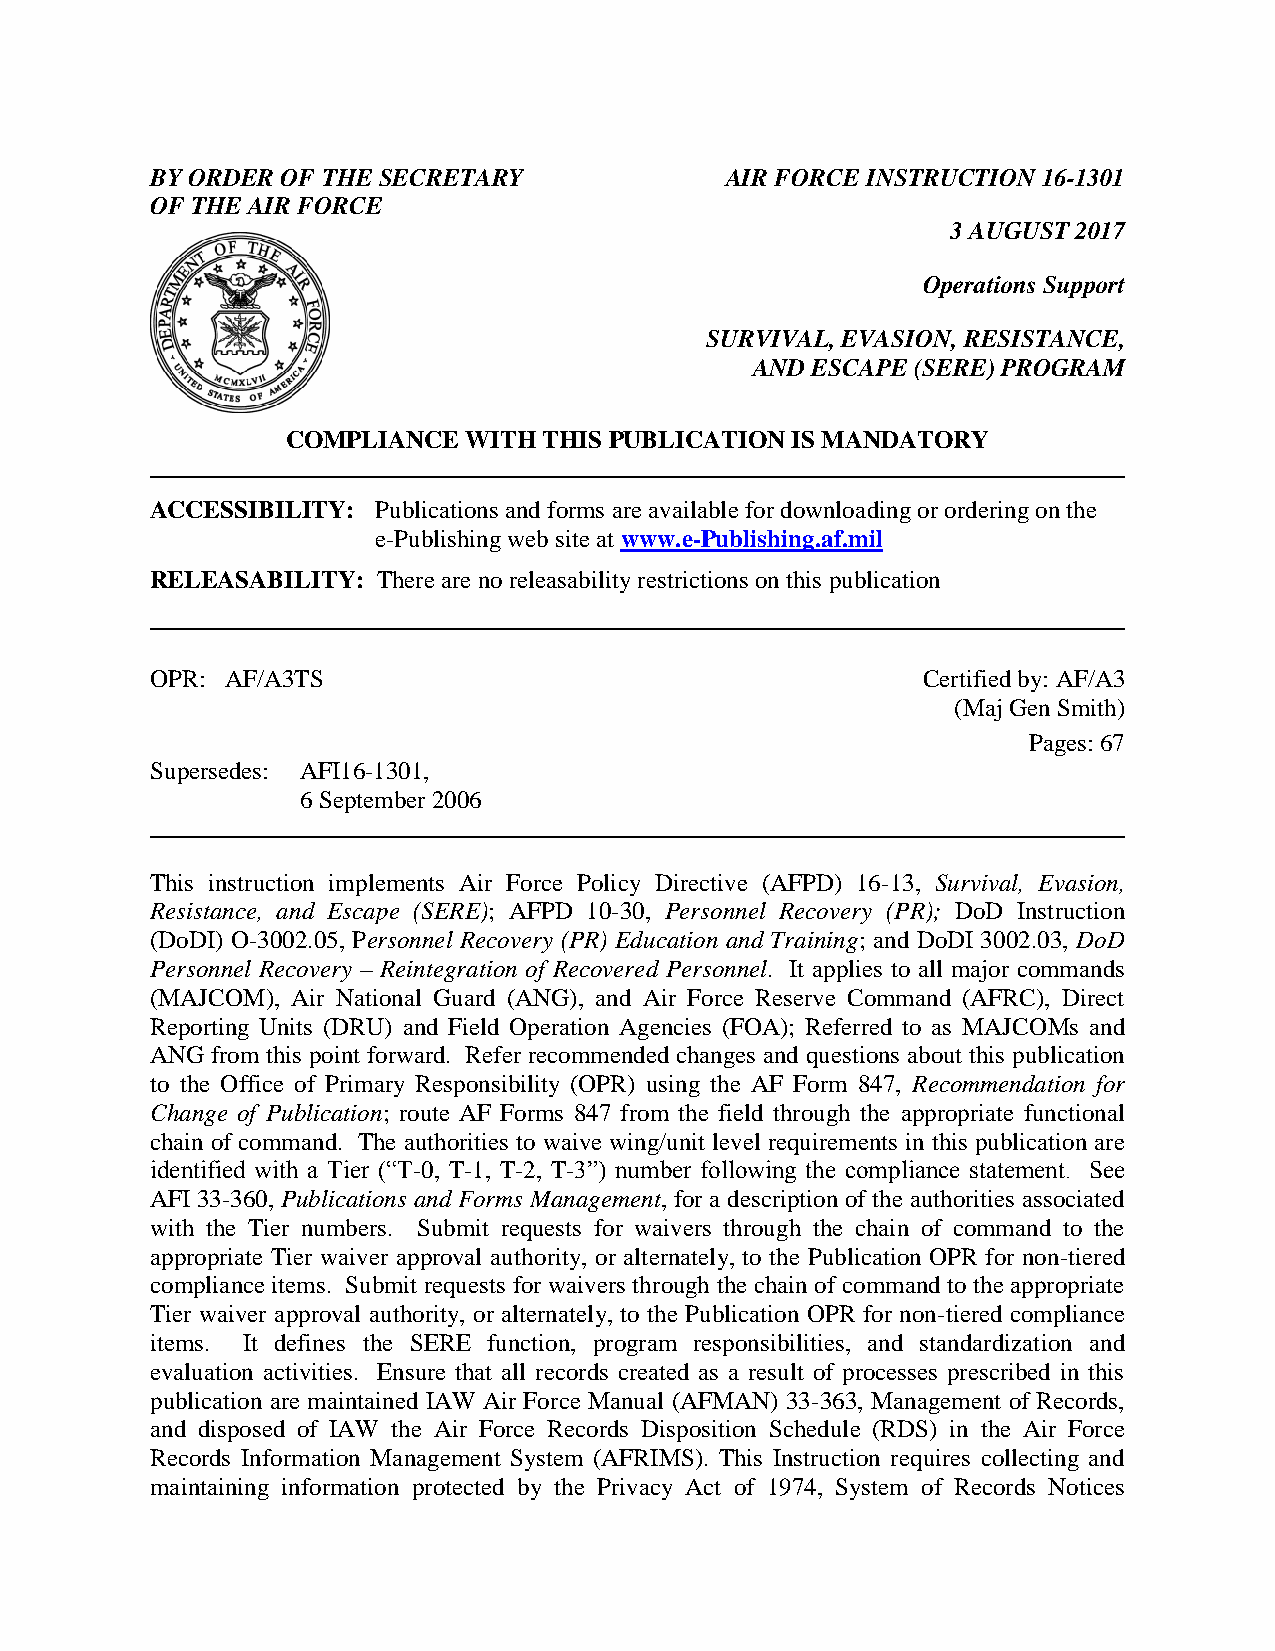
BY ORDER OF THE SECRETARY             AIR FORCE INSTRUCTION 16-1301
 OF THE AIR FORCE
 3 AUGUST 2017
 Operations Support
 SURVIVAL, EVASION, RESISTANCE,
 AND ESCAPE (SERE) PROGRAM
 COMPLIANCE  WITH THIS PUBLICATION IS MANDATORY
 ACCESSIBILITY: Publications and forms are available for downloading or ordering on the
 e-Publishing web site at www.e-Publishing.af.mil
 RELEASABILITY: There are no releasability restrictions on this publication
 OPR: AF/A3TS                                       Certified by: AF/A3
 (Maj Gen Smith)
 Pages: 67
 Supersedes: AFI16-1301,
 6 September 2006
 This instruction implements Air Force Policy Directive (AFPD) 16-13, Survival, Evasion,
 Resistance, and Escape (SERE); AFPD 10-30, Personnel Recovery (PR); DoD Instruction
 (DoDI) O-3002.05, Personnel Recovery (PR) Education and Training; and DoDI 3002.03, DoD
 Personnel Recovery – Reintegration of Recovered Personnel. It applies to all major commands
 (MAJCOM), Air National Guard (ANG), and Air Force Reserve Command (AFRC), Direct
 Reporting Units (DRU) and Field Operation Agencies (FOA); Referred to as MAJCOMs and
 ANG from this point forward. Refer recommended changes and questions about this publication
 to the Office of Primary Responsibility (OPR) using the AF Form 847, Recommendation for
 Change of Publication; route AF Forms 847 from the field through the appropriate functional
 chain of command. The authorities to waive wing/unit level requirements in this publication are
 identified with a Tier (“T-0, T-1, T-2, T-3”) number following the compliance statement. See
 AFI 33-360, Publications and Forms Management, for a description of the authorities associated
 with the Tier numbers. Submit requests for waivers through the chain of command to the
 appropriate Tier waiver approval authority, or alternately, to the Publication OPR for non-tiered
 compliance items. Submit requests for waivers through the chain of command to the appropriate
 Tier waiver approval authority, or alternately, to the Publication OPR for non-tiered compliance
 items. It defines the SERE function, program responsibilities, and standardization and
 evaluation activities. Ensure that all records created as a result of processes prescribed in this
 publication are maintained IAW Air Force Manual (AFMAN) 33-363, Management of Records,
 and disposed of IAW the Air Force Records Disposition Schedule (RDS) in the Air Force
 Records Information Management System (AFRIMS). This Instruction requires collecting and
 maintaining information protected by the Privacy Act of 1974, System of Records Notices